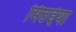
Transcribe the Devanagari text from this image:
मिठईया